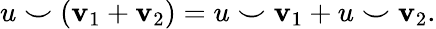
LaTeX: u\smile(\mathbf{v}_{1}+\mathbf{v}_{2})=u\smile\mathbf{v}_{1}+u\smile\mathbf{v}_{2}.